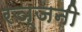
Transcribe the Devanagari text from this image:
रञ्जनी